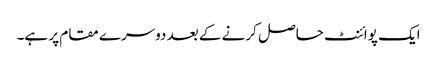
ایک پوائنٹ حاصل کرنے کے بعد دوسرے مقام پر ہے۔